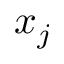
x _ { j }